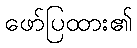
ဖော်ပြထား၏